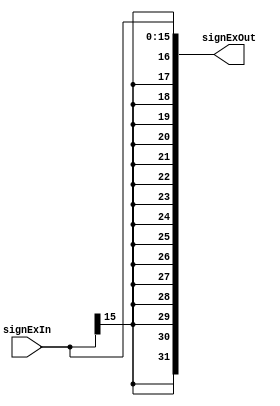
// Mdulo responsvel por extender uma entrada de 16 bits para 32 bits;

module signExtend (signExIn, signExOut);

    input [15:0] signExIn;
    output wire [31:0] signExOut;

    // Registrador auxiliar para receber a extenso (mantm o valor original intacto);
    reg [31:0] signAux;

    // Realiza a extenso, extendendo o bit mais significativo;
    always @(*) begin
        signAux = {{16{signExIn[15]}}, signExIn};
    end

    // Associa o signAux ao fio de sada, preservando o valor de entrada;
    assign signExOut = signAux;
endmodule